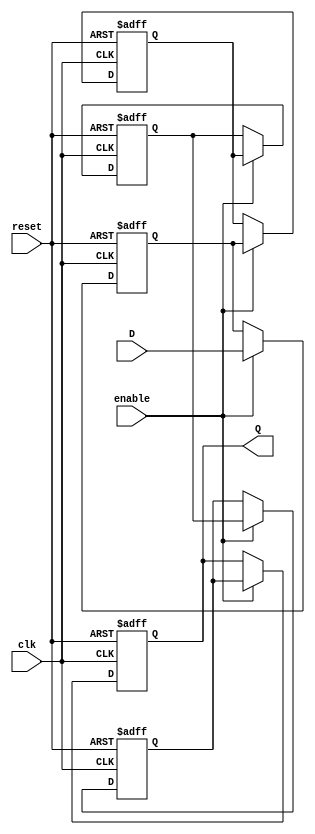
module multistage_register #(parameter N = 4, DATA_WIDTH = 8) (
    input wire clk,                  // Clock signal
    input wire reset,                // Asynchronous reset signal
    input wire enable,               // Enable signal
    input wire [DATA_WIDTH-1:0] D,   // Data input
    output reg [DATA_WIDTH-1:0] Q    // Data output
);

    // Internal registers for each stage
    reg [DATA_WIDTH-1:0] stage [0:N-1];

    integer i;

    always @(posedge clk or posedge reset) begin
        if (reset) begin
            // Asynchronous reset: clear all stages
            for (i = 0; i < N; i = i + 1) begin
                stage[i] <= {DATA_WIDTH{1'b0}}; // Initialize to zero
            end
            Q <= {DATA_WIDTH{1'b0}}; // Ensure output is also zero
        end else if (enable) begin
            // Shift data through the stages
            stage[0] <= D; // Load input into first stage
            for (i = 1; i < N; i = i + 1) begin
                stage[i] <= stage[i - 1]; // Shift data to the next stage
            end
            Q <= stage[N-1]; // Output from the last stage
        end
    end

endmodule